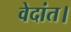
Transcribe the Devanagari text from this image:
वेदांत।